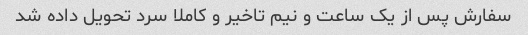
سفارش پس از یک ساعت و نیم تاخیر و کاملا سرد تحویل داده شد